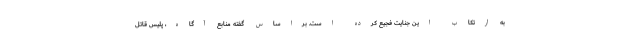
به ارتکاب این جنایت فجیع کرده است. براساس گفته منابع آگاه، پلیس قاتل